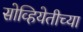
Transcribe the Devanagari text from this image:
सोव्हियेतीच्या